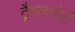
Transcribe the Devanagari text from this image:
ट्रैवलपोर्ट